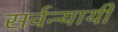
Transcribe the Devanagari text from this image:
सर्वन्यायी